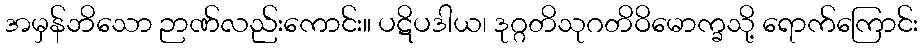
အမှန်ဘိသော ဉာဏ်လည်းကောင်း။ ပဋိပဒါယ၊ ဒုဂ္ဂတိသုဂတိဝိမောက္ခသို့ ရောက်ကြောင်း